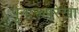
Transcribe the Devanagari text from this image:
पुनःरूपरेखा